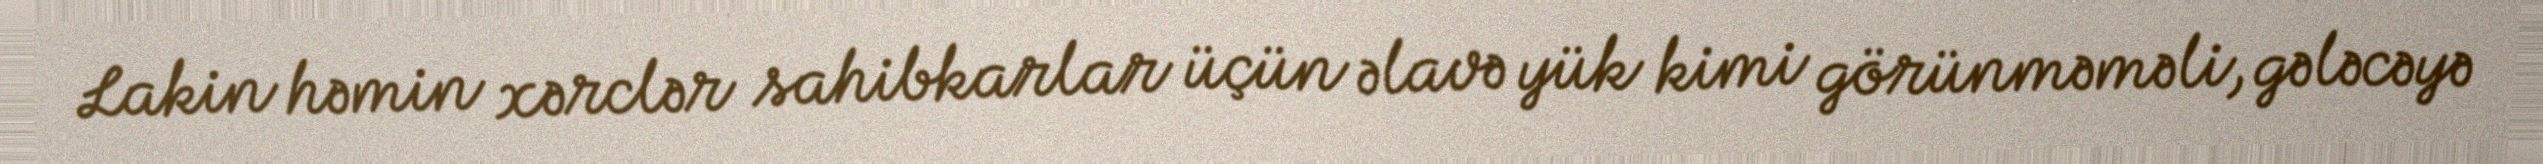
Lakin həmin xərclər sahibkarlar üçün əlavə yük kimi görünməməli, gələcəyə